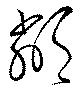
鄰